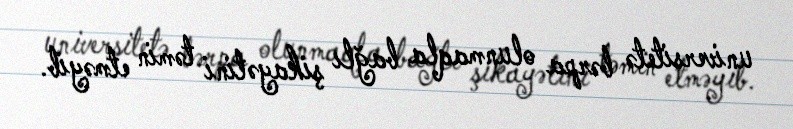
universitetə bərpa olunmaqla bağlı şikayətini təmin etməyib.